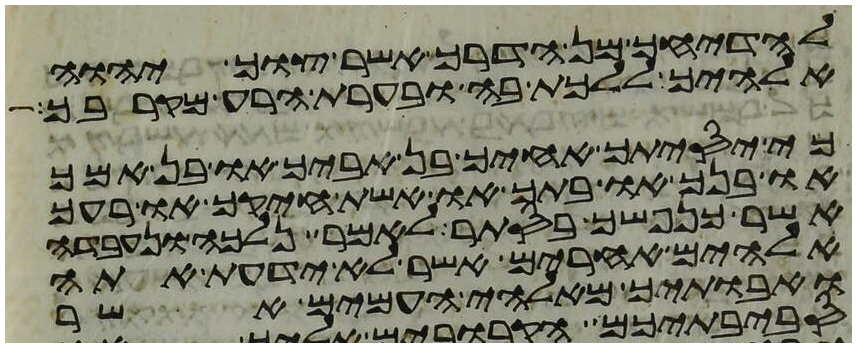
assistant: להדיחך מן הדרך אשר צוך יהוה
אלהיך ללכת בה ובערת הרע מקרבך
כי יסיתך אחיך בן אביך או בן אמך
או בנך או בתך או אשת חיקך או רעך
אשר כנפשך בסתר לאמר נלכה ונעבדה
אלהים אחרים אשר לא ידעת אתה
ואבתיך מאלהי העמים אשר